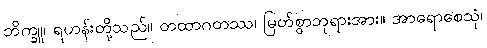
ဘိက္ခူ၊ ရဟန်းတို့သည်။ တထာဂတဿ၊ မြတ်စွာဘုရားအား။ အာရောစေသုံ၊